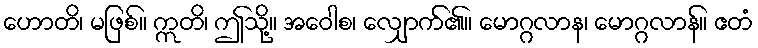
ဟောတိ၊ မဖြစ်။ ဣတိ၊ ဤသို့။ အဝေါစ၊ လျှောက်၏။ မောဂ္ဂလာန၊ မောဂ္ဂလာန်။ ဧတံ